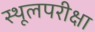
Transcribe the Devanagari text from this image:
स्थूलपरीक्षा